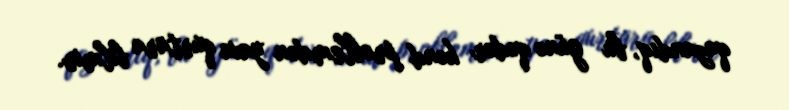
qazandıq, bu günə qədər kənd problemdən yaxa qurtara bilmir.